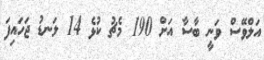
އަލްވޭސް ވަނީ ބާސާ އަށް 190 މެޗު ކުޅެ 14 ލަނޑު ޖަހައިފަ